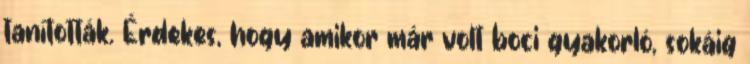
tanították. Érdekes, hogy amikor már volt boci gyakorló, sokáig